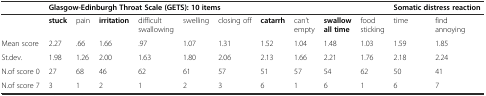
<table><thead><tr><td></td><td colspan="10"><b>Glasgow-Edinburgh Throat Scale (GETS): 10 items</b></td><td colspan="2"><b>Somatic distress reaction</b></td></tr></thead><tbody><tr><td></td><td><b>stuck</b></td><td>pain</td><td><b>irritation</b></td><td>difficult swallowing</td><td>swelling</td><td>closing off</td><td><b>catarrh</b></td><td>can’t empty</td><td><b>swallow all time</b></td><td>food sticking</td><td>time</td><td>find annoying</td></tr><tr><td>Mean score</td><td>2.27</td><td>.66</td><td>1.66</td><td>.97</td><td>1.07</td><td>1.31</td><td>1.52</td><td>1.04</td><td>1.48</td><td>1.03</td><td>1.59</td><td>1.85</td></tr><tr><td>St.dev.</td><td>1.98</td><td>1.26</td><td>2.00</td><td>1.63</td><td>1.80</td><td>2.06</td><td>2.13</td><td>1.66</td><td>2.21</td><td>1.76</td><td>2.18</td><td>2.24</td></tr><tr><td>N.of score 0</td><td>27</td><td>68</td><td>46</td><td>62</td><td>61</td><td>57</td><td>51</td><td>57</td><td>54</td><td>62</td><td>50</td><td>41</td></tr><tr><td>N.of score 7</td><td>3</td><td>1</td><td>2</td><td>1</td><td>2</td><td>3</td><td>6</td><td>1</td><td>6</td><td>1</td><td>6</td><td>7</td></tr></tbody></table>